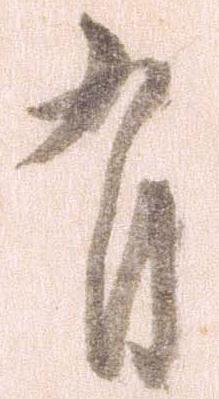
有